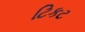
ટિકટ